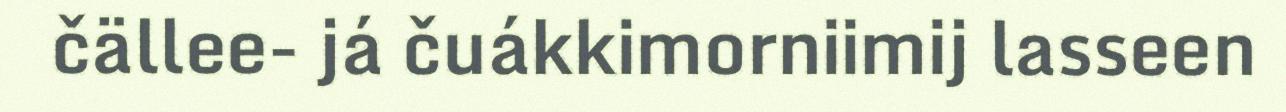
čällee- já čuákkimorniimij lasseen